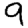
Digit: 9